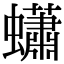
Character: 蠨